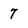
Character: 7